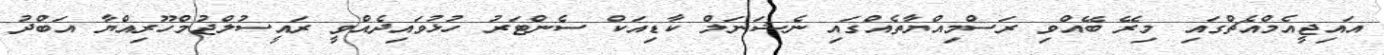
އައިޖީއެމްއެޗްގައި މިރޭ ބޭއްވި ރަސްމިއްޔާތެއްގައި ނެޝަނަލް ކާޑިއަކް ސެންޓަރު ހުޅުވައިދެއްވީ ރައީސުލްޖުމްހޫރިއްޔާ އަބްދު